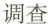
调查